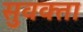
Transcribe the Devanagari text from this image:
सुवक्‍ता